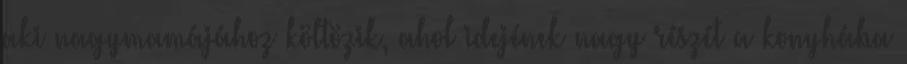
aki nagymamájához költözik, ahol idejének nagy részét a konyhába